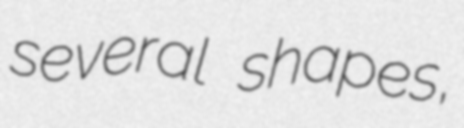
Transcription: several shapes,